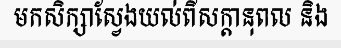
មកសិក្សាស្វែងយល់ពីសក្តានុពល និង